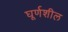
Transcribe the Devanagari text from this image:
घूर्णशील